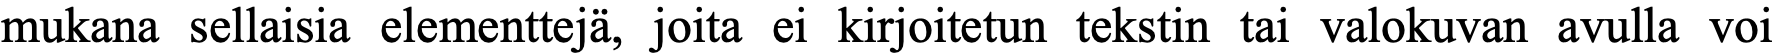
mukana sellaisia elementtejä, joita ei kirjoitetun tekstin tai valokuvan avulla voi